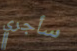
سأجري